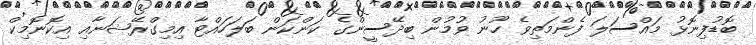
ބޮޑުފިނޮޅު މައްސަލަ ފެންމަތިވެ ހޫނު ވުމުން ބިދޭސީންގެ ކަންކަން ބަލަހައްޓާ އިމިގްރޭޝަނާއި އިކޮނޮމިކް